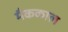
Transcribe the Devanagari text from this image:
मैककाल